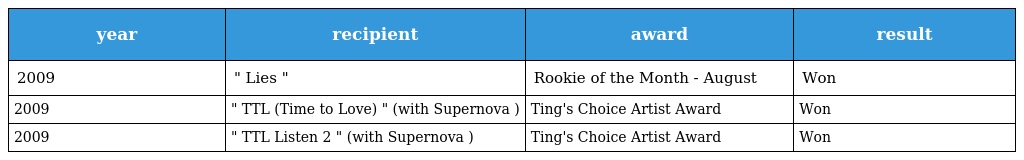
| year | recipient | award | result |
 | --- | --- | --- | --- |
 | 2009 | " Lies " | Rookie of the Month - August | Won |
 | 2009 | " TTL (Time to Love) " (with Supernova ) | Ting's Choice Artist Award | Won |
 | 2009 | " TTL Listen 2 " (with Supernova ) | Ting's Choice Artist Award | Won |